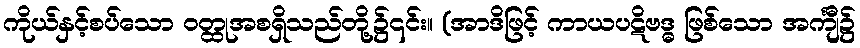
ကိုယ်နှင့်စပ်သော ဝတ္ထုအစရှိသည်တို့၌၎င်း။ (အာဒိဖြင့် ကာယပဋိဗဒ္ဓ ဖြစ်သော အင်္ကျီ၌